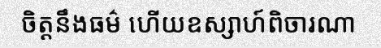
ចិត្តនឹងធម៌ ហើយឧស្សាហ៍ពិចារណា